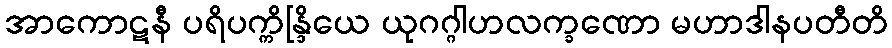
အာကောဋနီ ပရိပက္ကိန္ဒြိယေ ယုဂဂ္ဂါဟလက္ခဏော မဟာဒါနပတီတိ